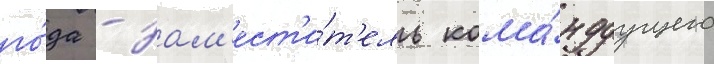
го́да - зам'ест'и́т'ель кома́ндуущего